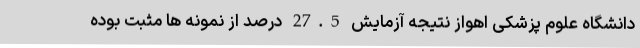
دانشگاه علوم پزشکی اهواز نتیجه آزمایش 27.5 درصد از نمونه ها مثبت بوده